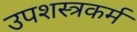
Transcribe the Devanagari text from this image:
उपशस्त्रकर्म